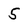
Character: 5